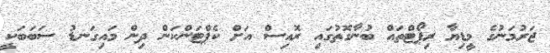
ޖަރުމަނުގެ މީޑިޔާ ރިޕޯޓްތައް ބުނާގޮތުގައި ރޮއިސް އަށް ކެޕްޓަންކަން ދިން މައިގަނޑު ސަބަބަކީ